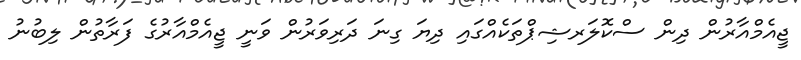
ޖީއެމްއާރުން ދިން ސްކޮލަރޝިޕްތަކެއްގައި ދިޔަ ގިނަ ދަރިވަރުން ވަނީ ޖީއެމްއާރުގެ ފަރާތުން ލިބުނު